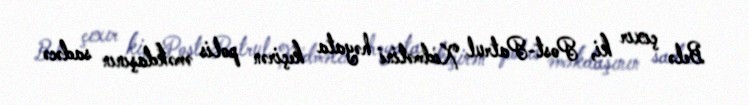
Belə çıxır ki, Post-Patrul Xidmətini həyata keçirən polis əməkdaşının sadəcə